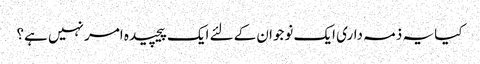
کیا یہ ذمہ داری ایک نوجوان کےلئے ایک پیچیده امر نہیں ہے؟